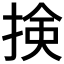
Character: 𢮦